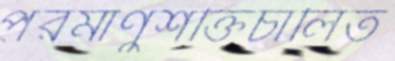
পরমাণুশক্তিচালিত